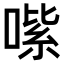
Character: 𠹦